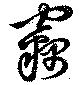
竊